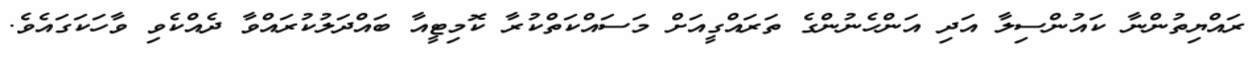
ރައްޔިތުންނާ ކައުންސިލާ އަދި އަންހެނުންގެ ތަރައްގީއަށް މަސައްކަތްކުރާ ކޮމިޓީއާ ބައްދަލުކުރައްވާ ދެއްކެވި ވާހަކަގައެވެ.